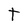
Character: t